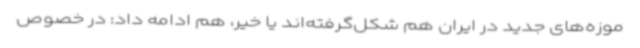
موزه‌های جدید در ایران هم شکل‌گرفته‌اند یا خیر، هم ادامه داد: در خصوص